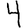
Digit: 4